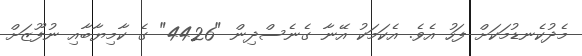
މެދުކެނޑުމަކަށް ފަހު އެވެ. އެކަމަކު އޭނާ ގެނެސްދިން "4426" ގެ ކާމިޔާބާއި ނުފޫޒަށް